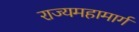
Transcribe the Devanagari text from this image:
राज्यमहामार्ग